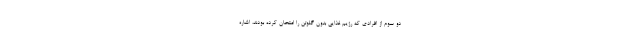
دو سوم از افرادی که رژیم غذایی بدون گلوتن را امتحان کرده بودند، اشاره